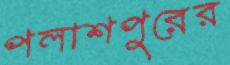
পলাশপুরের